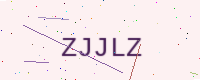
Text: ZJJLZ